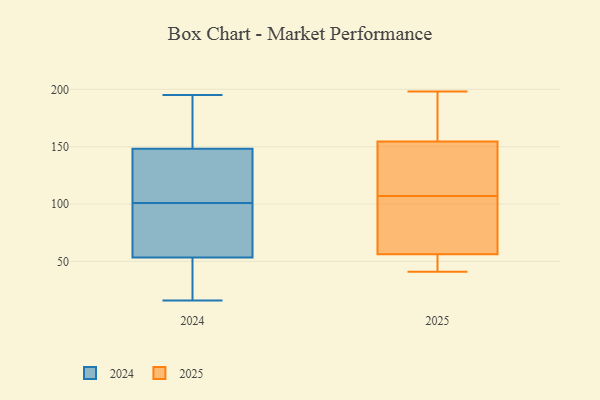
{"axis": {"x": "Waste Production (Tons)", "y": "Value"}, "legend": ["2024", "2025"], "data": [{"x": "", "y": 57, "type": "2025"}, {"x": "", "y": 113, "type": "2025"}, {"x": "", "y": 142, "type": "2025"}, {"x": "", "y": 156, "type": "2025"}, {"x": "", "y": 172, "type": "2025"}, {"x": "", "y": 154, "type": "2025"}, {"x": "", "y": 78, "type": "2025"}, {"x": "", "y": 186, "type": "2025"}, {"x": "", "y": 137, "type": "2025"}, {"x": "", "y": 49, "type": "2025"}, {"x": "", "y": 45, "type": "2025"}, {"x": "", "y": 41, "type": "2025"}, {"x": "", "y": 69, "type": "2025"}, {"x": "", "y": 198, "type": "2025"}, {"x": "", "y": 107, "type": "2025"}, {"x": "", "y": 79, "type": "2025"}, {"x": "", "y": 54, "type": "2025"}, {"x": "", "y": 150, "type": "2024"}, {"x": "", "y": 23, "type": "2024"}, {"x": "", "y": 16, "type": "2024"}, {"x": "", "y": 120, "type": "2024"}, {"x": "", "y": 119, "type": "2024"}, {"x": "", "y": 113, "type": "2024"}, {"x": "", "y": 47, "type": "2024"}, {"x": "", "y": 190, "type": "2024"}, {"x": "", "y": 101, "type": "2024"}, {"x": "", "y": 82, "type": "2024"}, {"x": "", "y": 58, "type": "2024"}, {"x": "", "y": 194, "type": "2024"}, {"x": "", "y": 143, "type": "2024"}, {"x": "", "y": 158, "type": "2024"}, {"x": "", "y": 78, "type": "2024"}, {"x": "", "y": 195, "type": "2024"}, {"x": "", "y": 52, "type": "2024"}, {"x": "", "y": 73, "type": "2024"}, {"x": "", "y": 19, "type": "2024"}]}